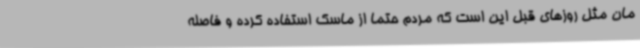
مان مثل روزهای قبل این است که مردم حتما از ماسک استفاده کرده و فاصله